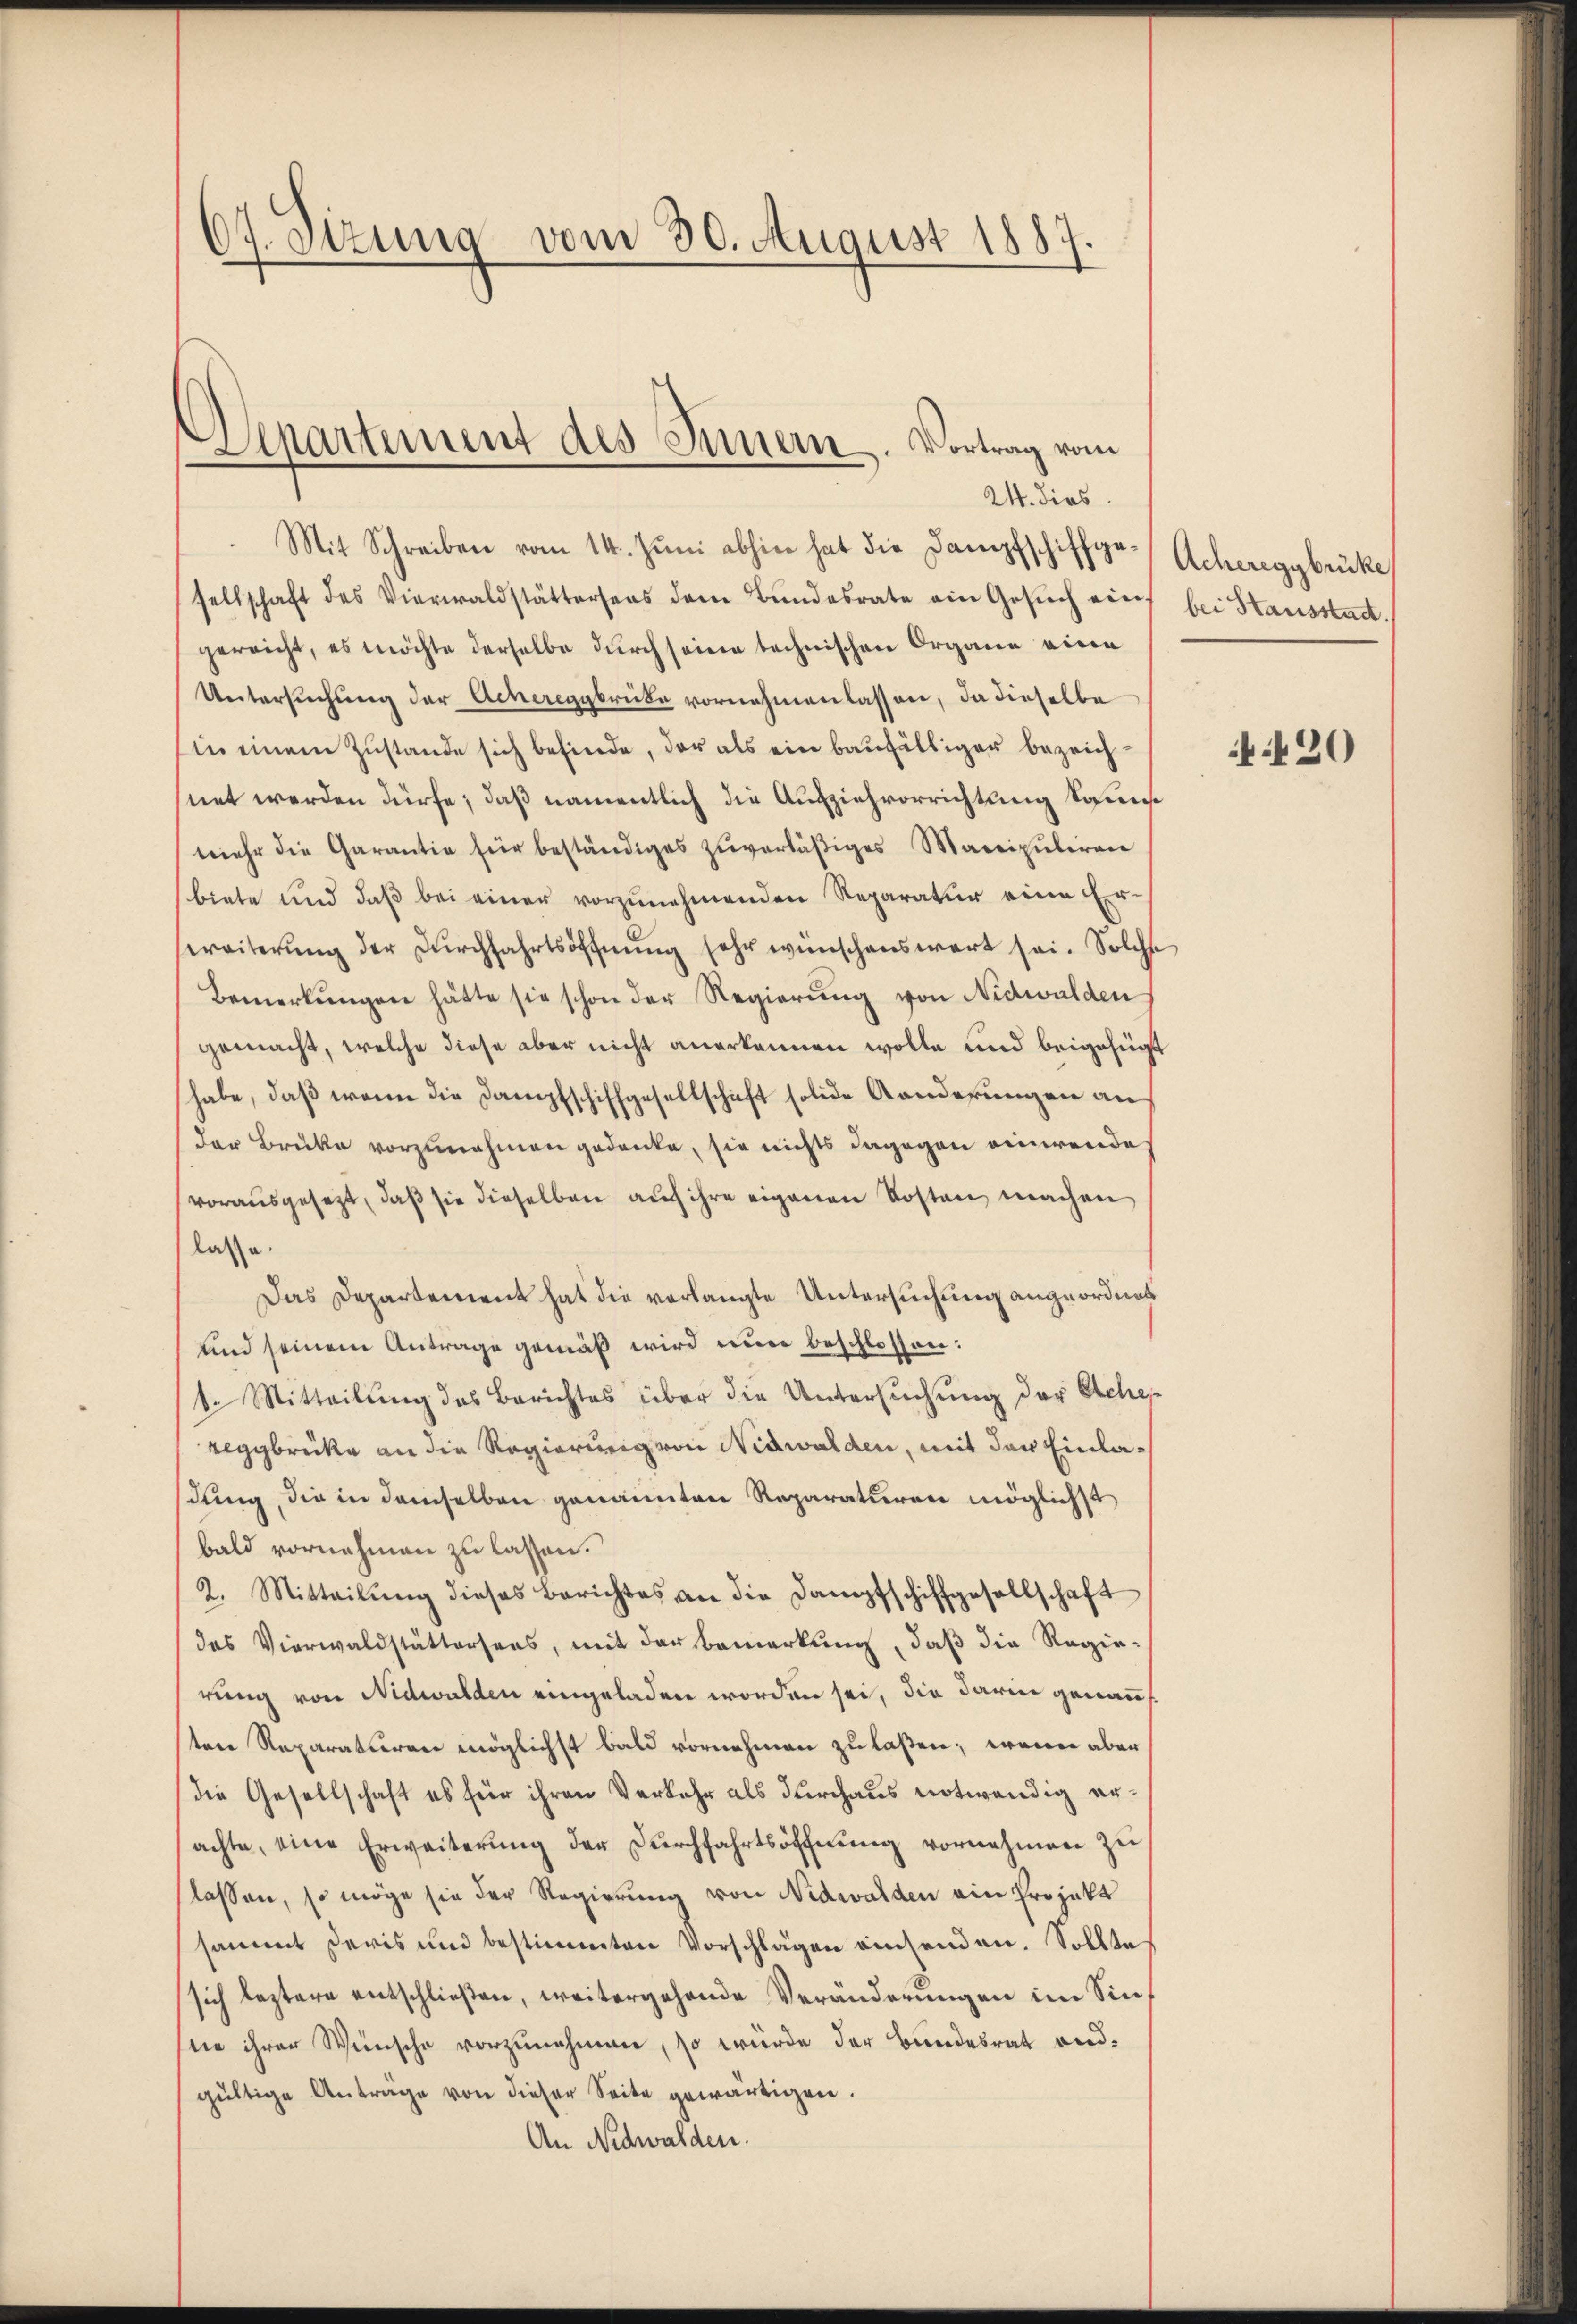
67. Dezung vom 30. August 1887

Departement des Innern. Vortrag vom
24. dies

Mit Schreiben vom 14. Jŭni abhin hat die Dampfschiffge- Achereggbrücke
sellschaft des Vierwaldstättersens dem Bundesrate ein Gesŭch ein
gereicht, es möchte derselbe durch seine technischen Organe eine
Untersuchung der Achereggbrücke vornehmen lassen, da dieselbe
in einem Zustande sich befinde, der als ein baufälliger bezeichnet werden dürfe; daß namentlich die Ausziehverrichtung tause
mehr die Garantie für beständiges zŭverläβiges Manipuliren
biete und daß bei einer vorzunehmenden Reparatur eine Er-
ereiterŭng der Dŭrchfahrtsöffnŭng sehr wünschenswert sei. Solche
Bemerkungen hätte sie schon der Regierung von Nidwalden
gemacht, welche diese aber nicht anerkennen wolle und beigefügt
habe, daß wenn die Dampfschiffgesellschaft solide Aenderungen an
der Brücke vorzunehmen gedanke, sie nichts dagegen einerende
vorausgesezt, daß sie dieselben auf ihre eigenen Kosten machen
lasse.
Das Departement hat die verlangte Untersuchung angeordnet
und seinem Antrage gemäß wird nun beschlossen:
1. Mitteilung des Berichtes über die Untersuchung der Ache
Reggbrücke an die Regierung von Nidwalden, mit der Einladung, die in demselben genannten Reparaturen möglichst
bald vornehmen zu lassen.
2. Mitteilŭng dieses Berichtes an die Dampfschiffgesellschaft
das Vierwaldstättersees, mit der Bemerkŭng, daβ die Regie-
rung von Nidwalden eingeladen worden sei, die darin genann
ten Reparaturen möglichst bald vornehmen zu laßen; wenn aber
die Gesellschaft es für ihren Verkehr als durchaus notwendig erachte, eine Erweiterung der Durchfahrtsöffnung vornehmen zu
lassen, so möge sie der Regierung von Nidwalden ein Projekt
sammt daris und bestimmten Vorschlägen einsenden. Sollte
sich leztere entschließen, weitergehende Veränderungen im Sinsie ihrer Wünsche vorzunehmen, so würde der Bundesrat andgültige Anträge von dieser Seite gewärtigen.
An Nidwalden.

bei Hausstadt.

420